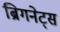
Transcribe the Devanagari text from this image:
ब्रिगनेट्स